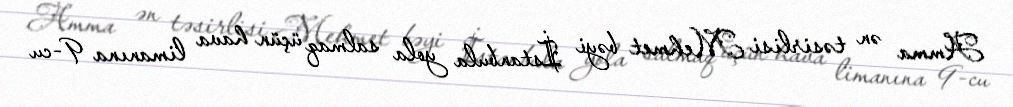
Amma ən təsirlisi Mehmet bəyi İstanbula yola salmaq üçün hava limanına 9-cu